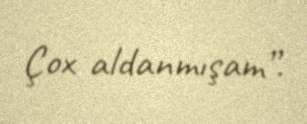
Çox aldanmışam”.